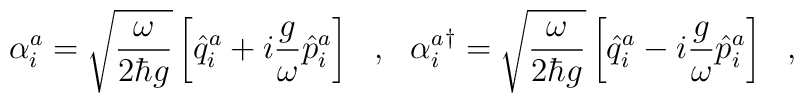
\alpha^a_i=\sqrt{\frac{\omega}{2\hbar g}}\left[\hat{q}^a_i+i\frac{g}{\omega}\hat{p}^a_i\right]\ \ ,\ \ {\alpha^a_i}^\dagger=\sqrt{\frac{\omega}{2\hbar g}}\left[\hat{q}^a_i-i\frac{g}{\omega}\hat{p}^a_i\right]\ \ ,